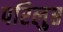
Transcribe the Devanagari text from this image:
परिलुप्त